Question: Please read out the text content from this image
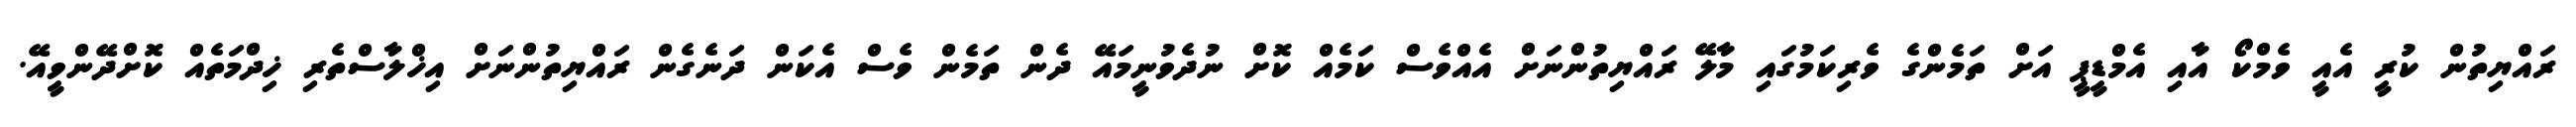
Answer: ރައްޔިތުން ކުރީ އެއީ ވެމްކޯ އާއި އެމްޑީޕީ އަށް ތަމެންގެ ވެރިކަމުގައި މާލޭ ރައްޔިތުންނަށް އެއްވެސް ކަމެއް ކޮށް ނުދެވުނީމައޭ ދެން ތަމެން ވެސް އެކަން ދަނެގެން ރައްޔިތުންނަށް އިޚްލާސްތެރި ޚިދްމަތެއް ކޮށްދޭންވީއޭ.